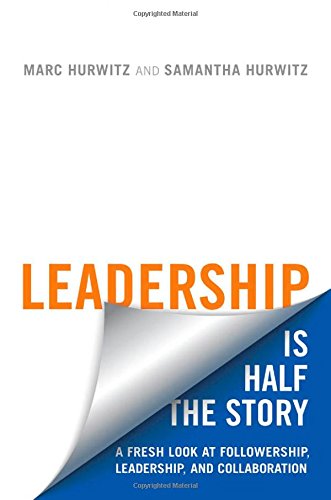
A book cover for Leadership is Half the Story: A Fresh Look at Followership, Leadership, and Collaboration (Rotman-UTP Publishing); Marc Hurwitz; Business & Money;